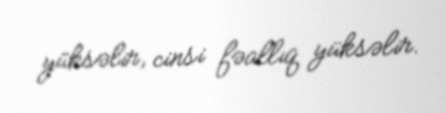
yüksəlir, cinsi fəallıq yüksəlir.